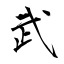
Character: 武